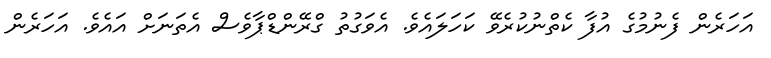
އަހަރެން ފެނުމުގެ އުފާ ކެތްނުކުރެވޭ ކަހަލައެވެ. އެވަގުތު ގްރޭންޑްޕާވެސް އެތަނަށް އައެވެ. އަހަރެން